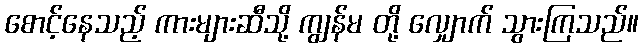
စောင့်နေသည့် ကားများဆီသို့ ကျွန်မ တို့ လျှောက် သွားကြသည်။